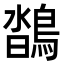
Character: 𪂌